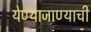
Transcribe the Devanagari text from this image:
येण्याजाण्याची